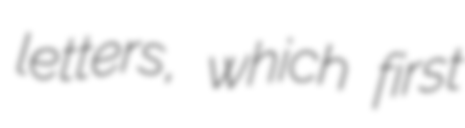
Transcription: letters, which first